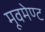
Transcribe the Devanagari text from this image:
मूवमेण्ट